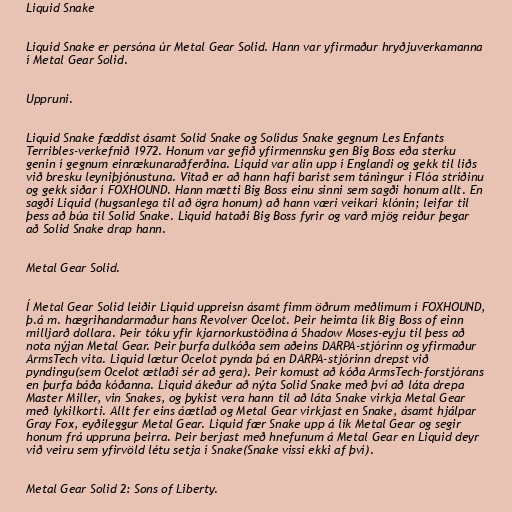
Liquid Snake

Liquid Snake er persóna úr Metal Gear Solid. Hann var yfirmaður hryðjuverkamanna
í Metal Gear Solid.

Uppruni.

Liquid Snake fæddist ásamt Solid Snake og Solidus Snake gegnum Les Enfants
Terribles-verkefnið 1972. Honum var gefið yfirmennsku gen Big Boss eða sterku
genin í gegnum einrækunaraðferðina. Liquid var alin upp í Englandi og gekk til liðs
við bresku leyniþjónustuna. Vitað er að hann hafi barist sem táningur í Flóa stríðinu
og gekk síðar í FOXHOUND. Hann mætti Big Boss einu sinni sem sagði honum allt. En
sagði Liquid (hugsanlega til að ögra honum) að hann væri veikari klónin; leifar til
þess að búa til Solid Snake. Liquid hataði Big Boss fyrir og varð mjög reiður þegar
að Solid Snake drap hann.

Metal Gear Solid.

Í Metal Gear Solid leiðir Liquid uppreisn ásamt fimm öðrum meðlimum í FOXHOUND,
þ.á m. hægrihandarmaður hans Revolver Ocelot. Þeir heimta lík Big Boss of einn
milljarð dollara. Þeir tóku yfir kjarnorkustöðina á Shadow Moses-eyju til þess að
nota nýjan Metal Gear. Þeir þurfa dulkóða sem aðeins DARPA-stjórinn og yfirmaður
ArmsTech vita. Liquid lætur Ocelot pynda þá en DARPA-stjórinn drepst við
pyndingu(sem Ocelot ætlaði sér að gera). Þeir komust að kóða ArmsTech-forstjórans
en þurfa báða kóðanna. Liquid ákeður að nýta Solid Snake með því að láta drepa
Master Miller, vin Snakes, og þykist vera hann til að láta Snake virkja Metal Gear
með lykilkorti. Allt fer eins áætlað og Metal Gear virkjast en Snake, ásamt hjálpar
Gray Fox, eyðileggur Metal Gear. Liquid fær Snake upp á lík Metal Gear og segir
honum frá uppruna þeirra. Þeir berjast með hnefunum á Metal Gear en Liquid deyr
við veiru sem yfirvöld létu setja í Snake(Snake vissi ekki af því).

Metal Gear Solid 2: Sons of Liberty.